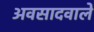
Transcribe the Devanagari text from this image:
अवसादवाले